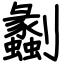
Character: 劙